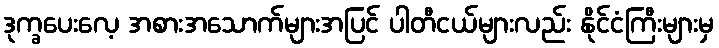
ဒုက္ခပေးလေ့ အစားအသောက်များအပြင် ပါတီငယ်များလည်း နိုင်ငံကြီးများမှ